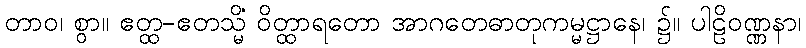
တာဝ၊ စွာ။ ဧတ္ထ-ဧတသ္မိံ ဝိတ္ထာရတော အာဂတေဓာတုကမ္မဋ္ဌာနေ၊ ၌။ ပါဠိဝဏ္ဏနာ၊